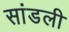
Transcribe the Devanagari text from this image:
सांडली